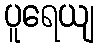
ပူရေယျ